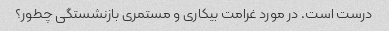
درست است. در مورد غرامت بیکاری و مستمری بازنشستگی چطور؟